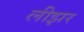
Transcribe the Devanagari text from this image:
लीझर